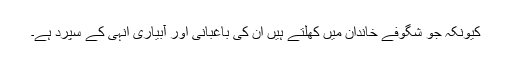
کیونکہ جو شگوفے خاندان میں کھلتے ہیں ان کی باغبانی اور آبیاری انہی کے سپرد ہے۔